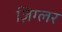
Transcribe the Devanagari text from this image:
ज़िग्लर